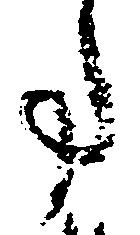
事